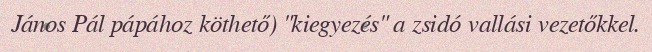
János Pál pápához köthető) "kiegyezés" a zsidó vallási vezetőkkel.